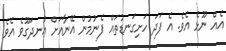
އެއް ނޫޅެ އެވެ. އެ ފަދަ ހަށިގަނޑުތައް ފެނުމުން އޭނާއަށް އުނދަގޫވެ އެވެ.